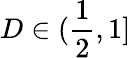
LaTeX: D\in({\frac{1}{2}},1]